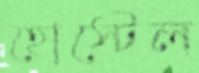
হোস্টেল